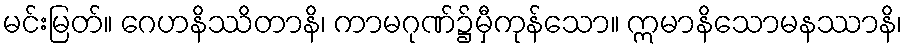
မင်းမြတ်။ ဂေဟနိဿိတာနိ၊ ကာမဂုဏ်၌မှီကုန်သော။ ဣမာနိသောမနဿာနိ၊